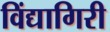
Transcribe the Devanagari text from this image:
विंद्यागिरी